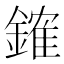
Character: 䥃